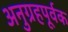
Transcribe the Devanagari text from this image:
अनुग्रहपूर्वक